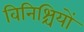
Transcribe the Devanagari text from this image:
विनिश्चियों